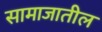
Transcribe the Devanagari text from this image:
सामाजातील